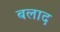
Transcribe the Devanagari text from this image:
बलाद